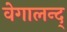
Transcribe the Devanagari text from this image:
वेगालन्द्